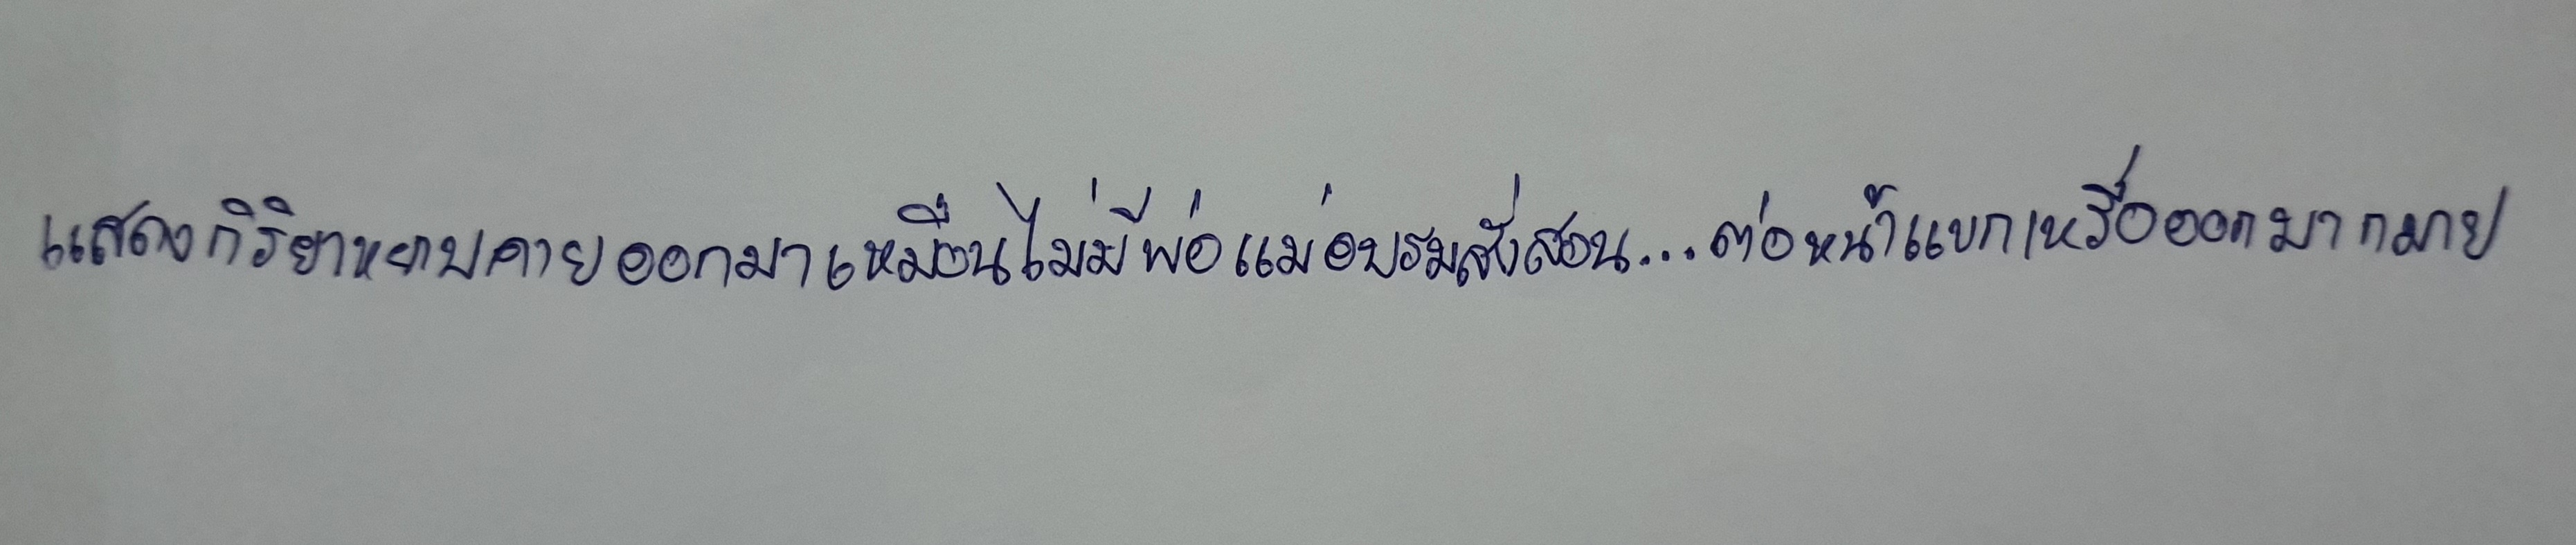
แสดงกิริยาหยาบคายออกมาเหมือนไม่มีพ่อแม่อบรมสั่งสอน...ต่อหน้าแขกเหรื่อออกมากมาย